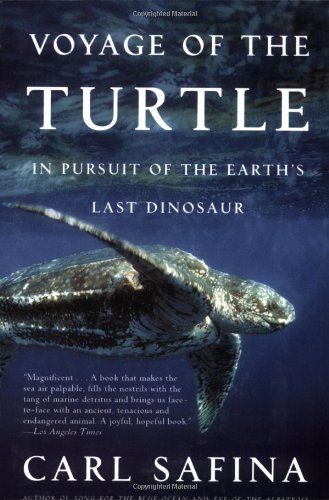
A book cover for Voyage of the Turtle: In Pursuit of the Earth's Last Dinosaur; Carl Safina; Science & Math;